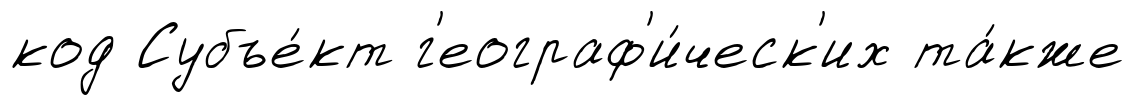
код Субъе́кт г'еограф'и́ческ'их та́кже